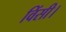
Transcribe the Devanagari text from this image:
विंसी।